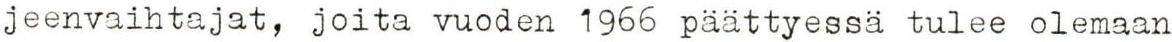
jeenvaihtajat, joita vuoden 1966 päättyessä tulee olemaan